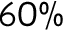
6 0 \%